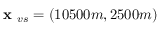
\textbf { x } _ { v s } = ( 1 0 5 0 0 m , 2 5 0 0 m )